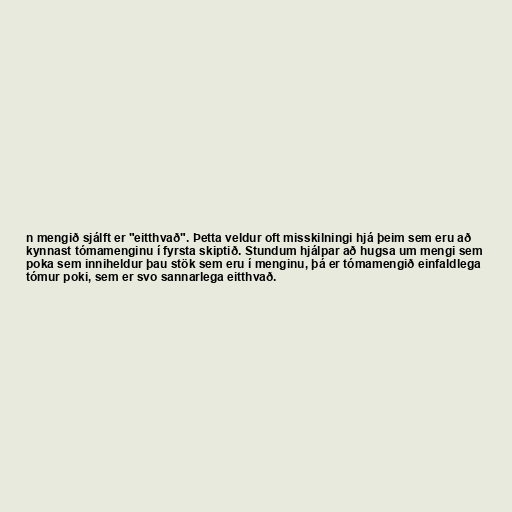
n mengið sjálft er "eitthvað". Þetta veldur oft misskilningi hjá þeim sem eru að
kynnast tómamenginu í fyrsta skiptið. Stundum hjálpar að hugsa um mengi sem
poka sem inniheldur þau stök sem eru í menginu, þá er tómamengið einfaldlega
tómur poki, sem er svo sannarlega eitthvað.